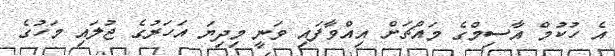
އެ ހުކުމް އާސިމްގެ މައްޗަށް އިއްވާފައި ވަނީ މިދިޔަ އަހަރުގެ ޖުލައި މަހުގެ